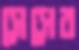
সেসের